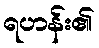
ရဟန်း၏